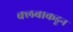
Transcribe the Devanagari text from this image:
क्लबाकडून